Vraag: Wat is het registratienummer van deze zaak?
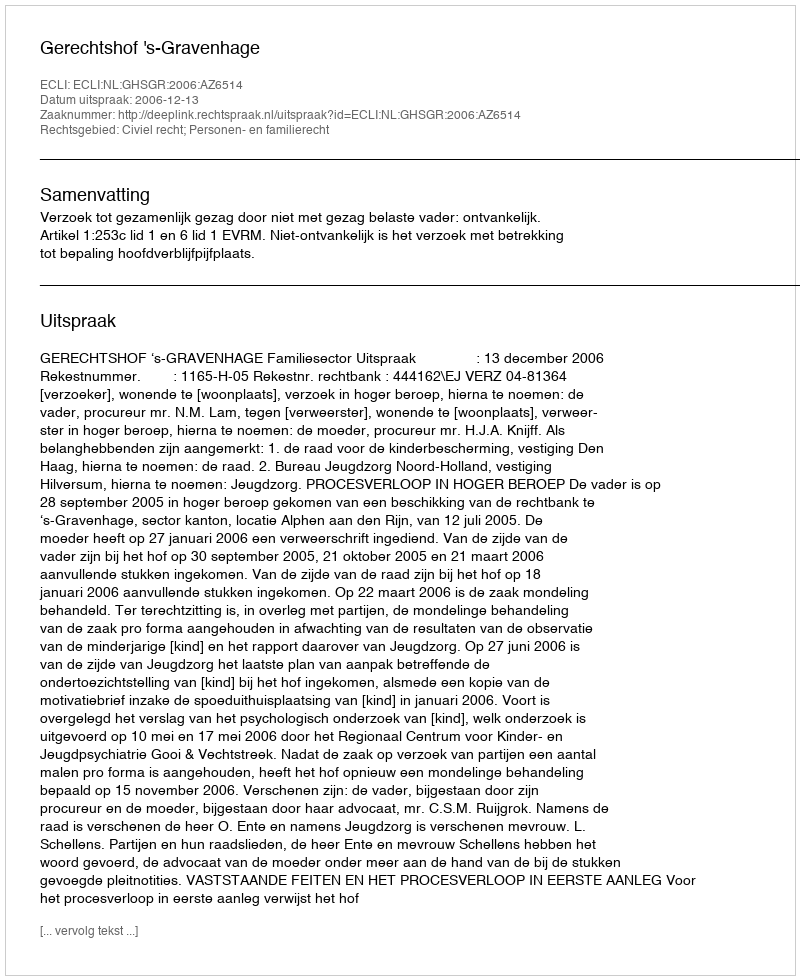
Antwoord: http://deeplink.rechtspraak.nl/uitspraak?id=ECLI:NL:GHSGR:2006:AZ6514